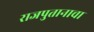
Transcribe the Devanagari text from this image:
राजपुतानाचा